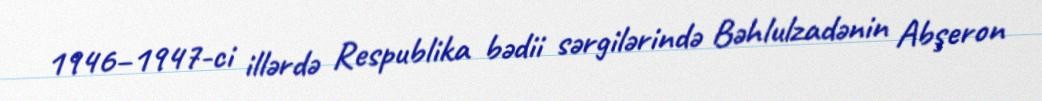
1946–1947-ci illərdə Respublika bədii sərgilərində Bəhlulzadənin Abşeron